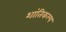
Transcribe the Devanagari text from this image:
शांतिकल्प